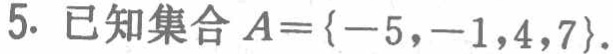
5. 已知集合\(A = \{ - 5, - 1,4,7\}\)。